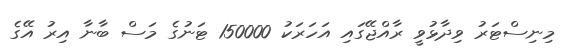
މިނިސްޓަރު ވިދާޅުވީ ރާއްޖޭގައި އަހަރަކު 150000 ޓަނުގެ މަސް ބާނާ އިރު އޭގެ